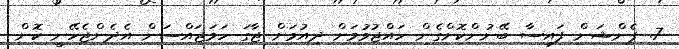
7. ޕެންޝަން ފައިސާ ބޭނުންކޮށްގެން ހައްޖުވުމަށް ދިއުމަށް ޖާގަ ހަމަޖައްސަން އެދެންޖެހޭނީ ކޮން